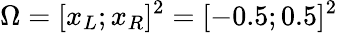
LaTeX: \Omega=[x_{L};x_{R}]^{2}=[-0.5;0.5]^{2}